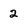
Character: 2